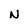
Character: N